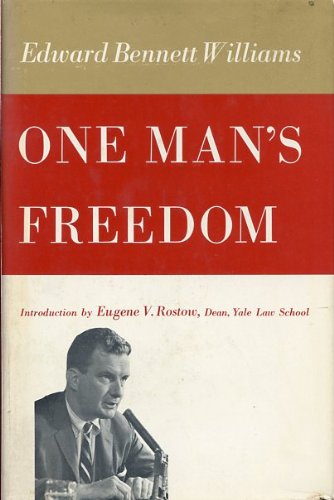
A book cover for One man's freedom; Edward Bennett Williams; Law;